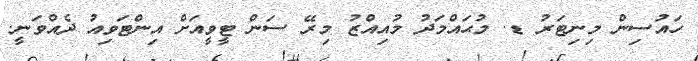
ހައުސިން މިނިޓަރު ޑ. މުޙައްމަދު މުއިއްޒު މިރޭ ސަން ޓީވީއަށް އިންޓަވިއު ދެއްވަނީ.